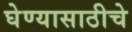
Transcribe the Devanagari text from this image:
घेण्यासाठीचे